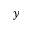
y